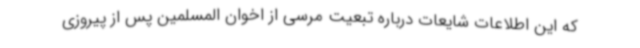
که این اطلاعات شایعات درباره تبعیت مرسی از اخوان المسلمین پس از پیروزی